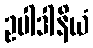
ဥပါဒါနိယံ